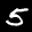
Label: 5